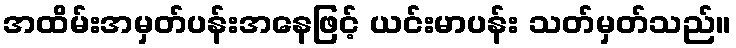
အထိမ်းအမှတ်ပန်းအနေဖြင့် ယင်းမာပန်း သတ်မှတ်သည်။